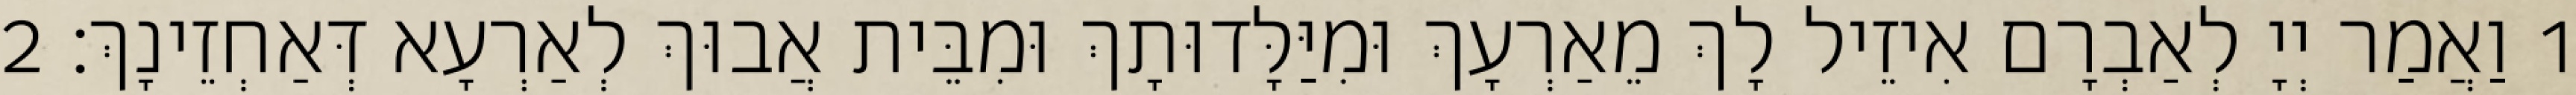
1 וַאֲמַר יְיָ לְאַבְרָם אִיזֵיל לָךְ מֵאַרְעָךְ וּמִיַּלָּדוּתָךְ וּמִבֵּית אֲבוּךְ לְאַרְעָא דְּאַחְזֵינָךְ׃ 2